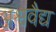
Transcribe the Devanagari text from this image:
अश्ववैद्य